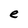
Character: e